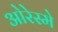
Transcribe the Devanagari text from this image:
ओरेस्मे